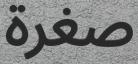
صغرة